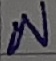
Text: N